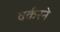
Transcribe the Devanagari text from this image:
वर्करने